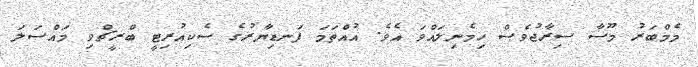
މެމްބަރު މޫސާ ސިރާޖުވެސް ހިމެނިލައްވަ އެވެ. އުއްތަމަ ފަނޑިޔާރުގެ ސެކިއުރިޓީ ބްރީޗްވި މައްސަލަ